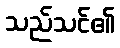
သည်သင်၏